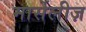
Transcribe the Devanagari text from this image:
मार्सेलीज़